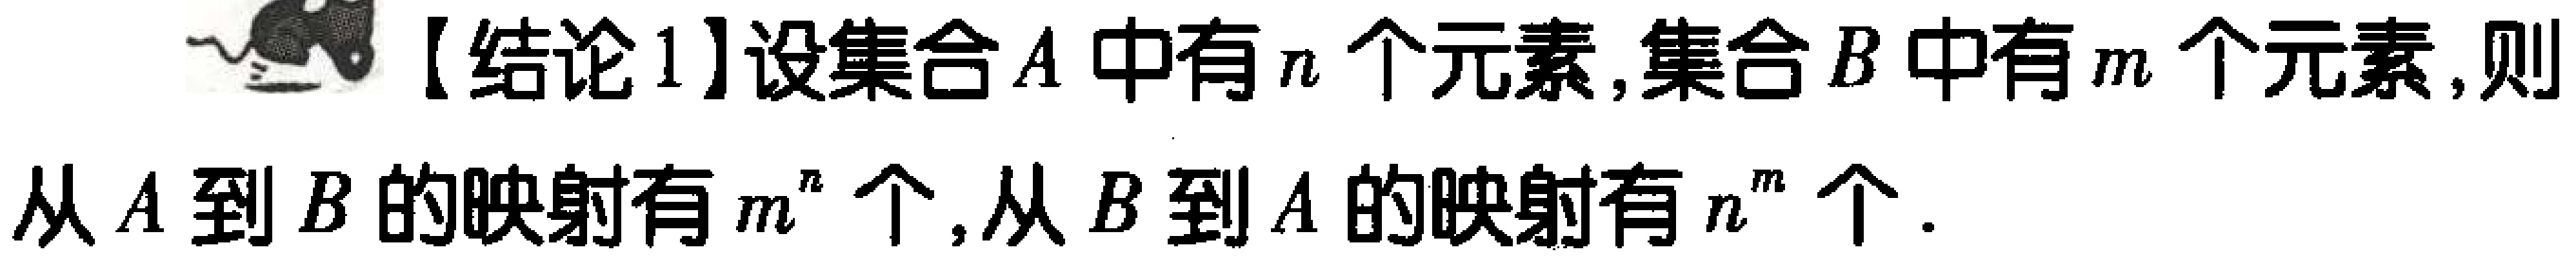
【结论1】设集合\(A\)中有\(n\)个元素,集合\(B\)中有\(m\)个元素,则从\(A\)到\(B\)的映射有\(m^{n}\)个,从\(B\)到\(A\)的映射有\(n^{m}\)个.